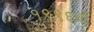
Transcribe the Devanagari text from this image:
१९९६ची